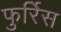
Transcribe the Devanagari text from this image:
फुर्रिेस